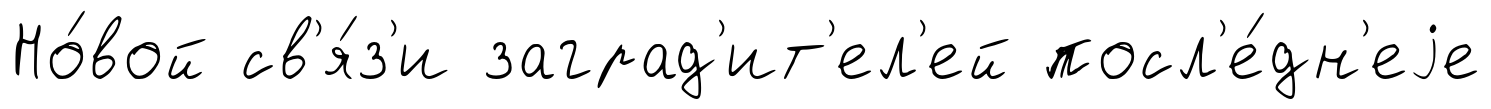
Но́вой св'я́з'и заград'ит'ел'ей посл'е́дн'еjе